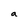
Character: a